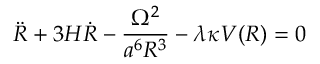
\ddot { R } + 3 H \dot { R } - \frac { \Omega ^ { 2 } } { a ^ { 6 } R ^ { 3 } } - \lambda \kappa V ( R ) = 0